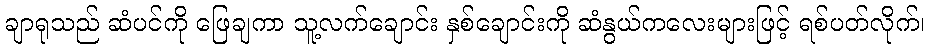
ချာရုသည် ဆံပင်ကို ဖြေချကာ သူ့လက်ချောင်း နှစ်ချောင်းကို ဆံနွယ်ကလေးများဖြင့် ရစ်ပတ်လိုက်၊